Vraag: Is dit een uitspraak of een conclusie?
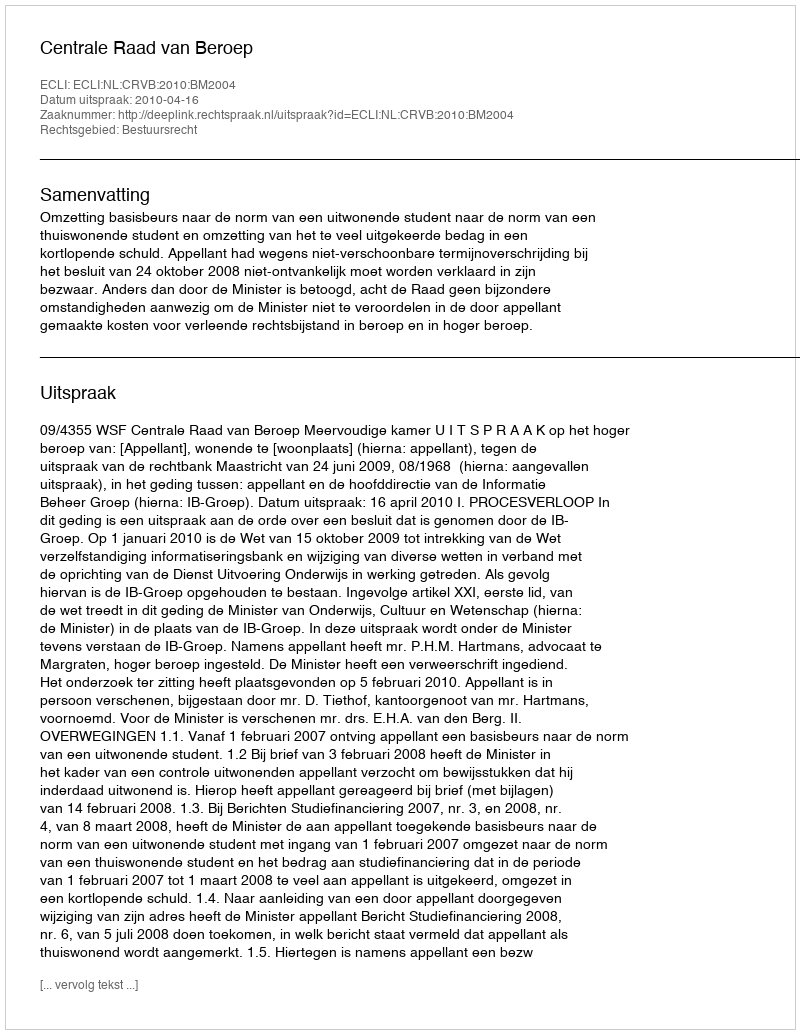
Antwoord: Uitspraak